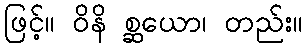
ဖြင့်။ ဝိနိ စ္ဆယော၊ တည်း။